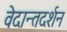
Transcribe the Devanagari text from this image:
वेदान्तदर्शन